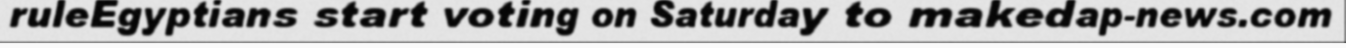
ruleEgyptians start voting on Saturday to makedap-news.com